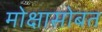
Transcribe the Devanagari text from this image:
मोक्षासोबत